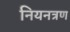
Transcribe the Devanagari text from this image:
नियनत्रण